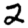
Digit: 2